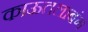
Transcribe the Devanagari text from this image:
काऊतलाबंग